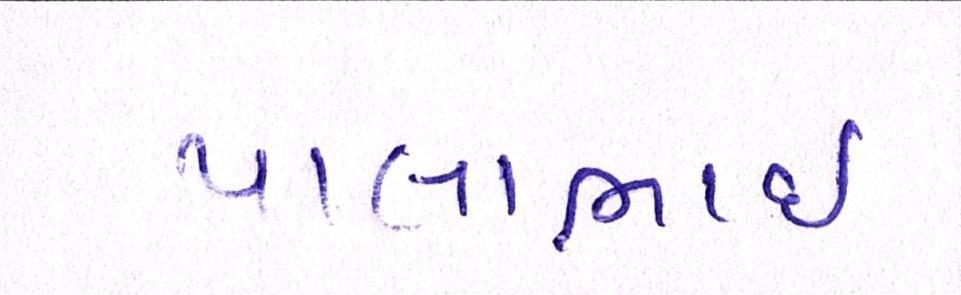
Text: પાલાભાઇ